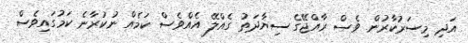
އަދި މިސަރުކާރުން ވެސް ރާއްޖޭގެ ސިޔާދަތު ގެއްލޭ އެއްވެސް ކަމެއް ނުކުރާނެ ކަމުގައިވެސް